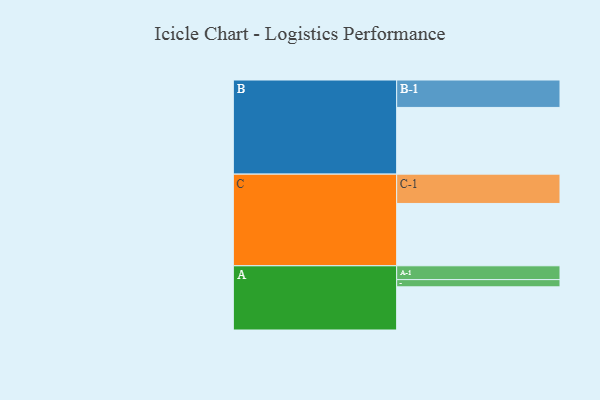
{"axis": {"x": "Segment", "y": "Value"}, "legend": ["", "A", "B", "C"], "data": [{"x": "A", "y": 365, "type": ""}, {"x": "B", "y": 564, "type": ""}, {"x": "C", "y": 527, "type": ""}, {"x": "A-1", "y": 117, "type": "A"}, {"x": "A-2", "y": 61, "type": "A"}, {"x": "B-1", "y": 232, "type": "B"}, {"x": "C-1", "y": 248, "type": "C"}]}